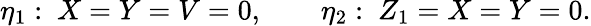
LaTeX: \eta_{1}:\ X=Y=V=0,\qquad\eta_{2}:\ Z_{1}=X=Y=0.